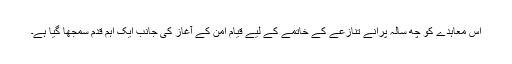
اس معاہدے کو چھ سالہ پرانے تنازعے کے خاتمے کے لیے قیام امن کے آغاز کی جانب ایک اہم قدم سمجھا گیا ہے۔